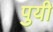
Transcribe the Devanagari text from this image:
पुयी